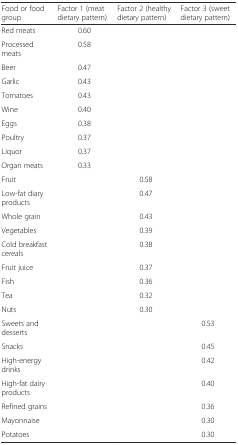
| Food or food group | Factor 1 (meat dietary pattern) | Factor 2 (healthy dietary pattern) | Factor 3 (sweet dietary pattern) |
 | --- | --- | --- | --- |
 | Red meats | 0.60 |  |  |
 | Processed meats | 0.58 |  |  |
 | Beer | 0.47 |  |  |
 | Garlic | 0.43 |  |  |
 | Tomatoes | 0.43 |  |  |
 | Wine | 0.40 |  |  |
 | Eggs | 0.38 |  |  |
 | Poultry | 0.37 |  |  |
 | Liquor | 0.37 |  |  |
 | Organ meats | 0.33 |  |  |
 | Fruit |  | 0.58 |  |
 | Low-fat diary products |  | 0.47 |  |
 | Whole grain |  | 0.43 |  |
 | Vegetables |  | 0.39 |  |
 | Cold breakfast cereals |  | 0.38 |  |
 | Fruit juice |  | 0.37 |  |
 | Fish |  | 0.36 |  |
 | Tea |  | 0.32 |  |
 | Nuts |  | 0.30 |  |
 | Sweets and desserts |  |  | 0.53 |
 | Snacks |  |  | 0.45 |
 | High-energy drinks |  |  | 0.42 |
 | High-fat dairy products |  |  | 0.40 |
 | Refined grains |  |  | 0.36 |
 | Mayonnaise |  |  | 0.30 |
 | Potatoes |  |  | 0.30 |